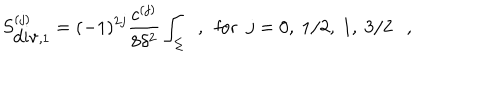
S _ { \mathrm { d i v } , 1 } ^ { ( j ) } = ( - 1 ) ^ { 2 j } { \frac { c ^ { ( j ) } } { 8 \delta ^ { 2 } } } \int _ { \Sigma } ~ ~ , ~ ~ \mathrm { f o r } ~ ~ j = 0 , ~ 1 / 2 , ~ 1 , ~ 3 / 2 ,